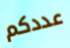
عددكم